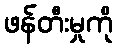
ဖန်တီးမှုကို